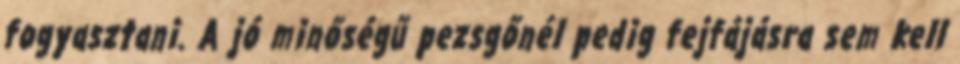
fogyasztani. A jó minőségű pezsgőnél pedig fejfájásra sem kell